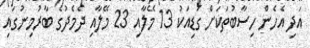
އަދި އެހެން ހިސާބުތަކަށް ގަޑިއަކު 13 މޭލާއި 23 މޭލާއި ދެމެދުގެ ބާރުމިނުގައި